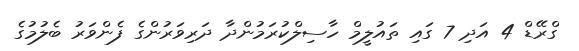
ގްރޭޑް 4 އަދި 7 ގައި ތައުލީމް ހާސިލްކުރަމުންދާ ދަރިވަރުންގެ ފެންވަރު ބެލުމުގެ